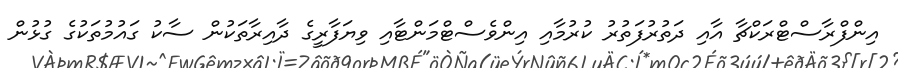
އިންފްރާސްޓްރަކްޗާ އާއި ދަތުރުފަތުރު ކުރުމާއި އިންވެސްޓްމަންޓާއި ވިޔަފާރީގެ ދާއިރާތަކުން ސާކު ގައުމުތަކުގެ ގުޅުން